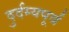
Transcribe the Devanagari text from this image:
दुर्दम्यपूर्व